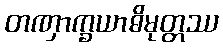
တဏှာက္ခယာဓိမုတ္တဿ